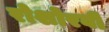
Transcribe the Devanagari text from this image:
रोशोरवी